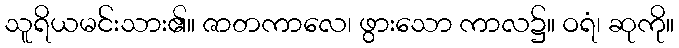
သူရိယမင်းသား၏။ ဇာတကာလေ၊ ဖွားသော ကာလ၌။ ဝရံ၊ ဆုကို။